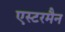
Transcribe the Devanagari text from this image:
एस्टरमैन